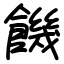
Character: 饑